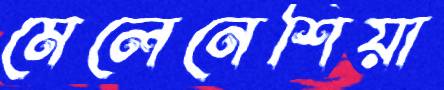
মেলেনেশিয়া